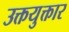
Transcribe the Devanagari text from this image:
उक्तयुक्तार